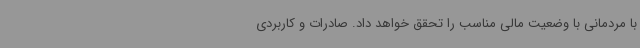
با مردمانی با وضعیت مالی مناسب را تحقق خواهد داد. صادرات و کاربردی